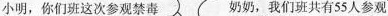
小明，你们班这次参观禁毒 奶奶，我们班共有55人参观